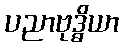
ပညာဗုဒ္ဓိယာ